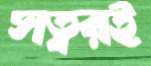
সত্বরই